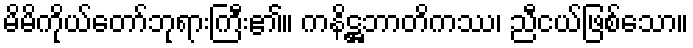
မိမိကိုယ်တော်ဘုရားကြီး၏။ ကနိဋ္ဌဘာတိကဿ၊ ညီငယ်ဖြစ်သော။